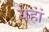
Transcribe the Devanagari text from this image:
यहांं